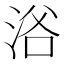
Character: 𱦣